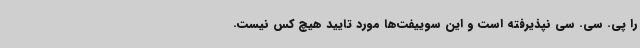
را پی. سی. سی نپذیرفته است و این سوییفت‌ها مورد تایید هیچ کس نیست.